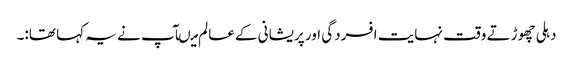
دہلی چھوڑتے وقت نہایت افسردگی اور پریشانی کے عالم میںآپ نے یہ کہا تھا:۔